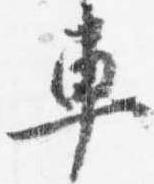
車